Vaccination in Bombay 1913-1923 - 1913-1923
Year: 1913
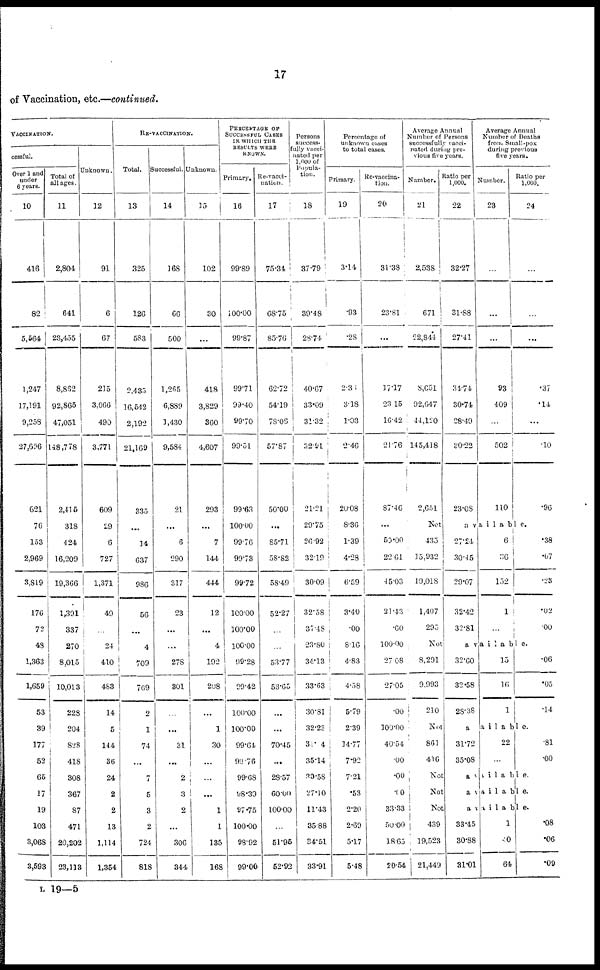
17
of Vaccination, etc.—continued.
VACCINATION.
cessful.
Over 1 and
under
6 years.
10
416
82
5,564
1,247
17,191
9,258
27,696
621
76
153
2,969
3,819
176
72
48
1,363
1,659
53
39
177
52
65
17
19
103
3,068
3,593
Total of
all ages.
11
2,804
641
23,455
8,862
92,865
47,051
148,778
2,415
318
424
16,209
19,366
1,391
337
270
8,015
10,013
228
204
828
418
308
367
87
471
20,202
23,113
Unknown.
12
91
6
67
215
3,066
490
3,771
609
19
6
727
1,371
49
...
24
410
483
14
5
144
36
24
2
2
13
1,114
1,354
RE-VACCINATION.
Total.
13
325
126
583
2,435
16,542
2,192
21,169
335
...
14
637
986
56
...
4
709
769
2
1
74
...
7
5
3
2
724
818
Successful.
14
168
66
500
1,265
6,889
1,430
9,584
21
...
6
290
317
23
...
...
278
301
...
...
31
...
2
3
2
...
306
344
Unknown.
15
102
30
...
418
3,829
360
4,607
293
...
7
144
444
12
...
4
192
208
...
1
30
...
...
...
1
1
135
168
PERCENTAGE OF
SUCCESSFUL CASES
IN WHICH THE
RESULTS WERE
KNOWN.
Primary.
16
99.89
100.00
99.87
99.71
99.40
99.70
99.51
99.63
100.00
99.76
99.73
99.72
100.00
100.00
100.00
99.28
99.42
100.00
100.00
99.64
99.76
99.68
98.39
97.75
100.00
98.92
99.00
Re-vacci-
nation.
17
75.34
68.75
85.76
62.72
54.19
78.06
57.87
50.00
...
85.71
58.82
58.49
52.27
...
...
53.77
53.65
...
...
70.45
...
28.57
60.00
100.00
...
51.95
52.92
Persons
success-
fully vacci-
nated per
1,000 of
Popula-
tion.
18
37.79
39.48
28.74
40.67
33.09
31.32
32.91
21.21
29.75
26.92
32.19
30.09
32.58
37.48
23.80
34.13
33.63
30.81
32.23
31.4
35.14
30.58
27.10
11.43
35.88
34.51
33.91
Percentage of
unknown eases
to total cases.
Primary.
19
3.14
.93
.28
2.36
3.18
1.03
2.46
20.08
8.36
1.39
4.28
6.59
3.40
.00
8.16
4.83
4.58
5.79
2.39
14.77
7.92
7.21
.53
2.20
2.69
5.17
5.48
Re-vaccina-
tion.
20
31.38
23.81
...
17.17
23.15
16.42
21.76
87.46
...
50.00
22.61
45.03
21.43
.00
100.00
27.08
27.05
.00
100.00
40.54
.00
.00
.00
33.33
50.00
18.65
20.54
Average Annual
Number of Persons
successfully vacci-
nated during pre-
vious five years.
Number.
21
2,538
671
22,844
8,651
92,647
44,120
145,418
2,651
Not
435
15,932
19,018
1,407
295
Not
8,291
9,993
210
Not
861
416
Not
Not
Not
439
19,523
21,449
Ratio per
1,000.
22
32.27
31.88
27.41
34.74
30.74
28.49
30.22
23.08
Average Annual
Number of Deaths
from Small-pox
during previous
five years.
Number.
23
...
...
...
93
409
...
502
110
Ratio per
1,000.
24
...
...
...
.37
.14
...
.10
.96
available.
27.24
30.45
29.07
32.42
32.81
6
36
152
1
...
.38
.07
.23
.02
.00
available.
32.60
32.58
28.38
15
16
1
.06
.05
.14
available.
31.72
35.08
22
...
.81
.00
available.
available.
available.
33.45
30.88
31.01
1
40
64
.08
.06
.09
L 19—5